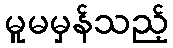
မူမမှန်သည့်